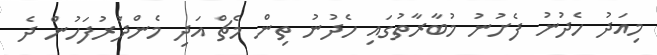
މިއަދު ހެދުނު ފެށުނު މުބާރާތުގައި ހެދުނު ތިން މެޗް އަދި މެންދުރުފަހުން ދެ